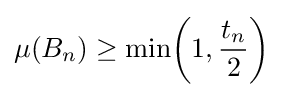
\mu (B_{n})\geq \min \!\left(1,{\frac {t_{n}}{2}}\right)